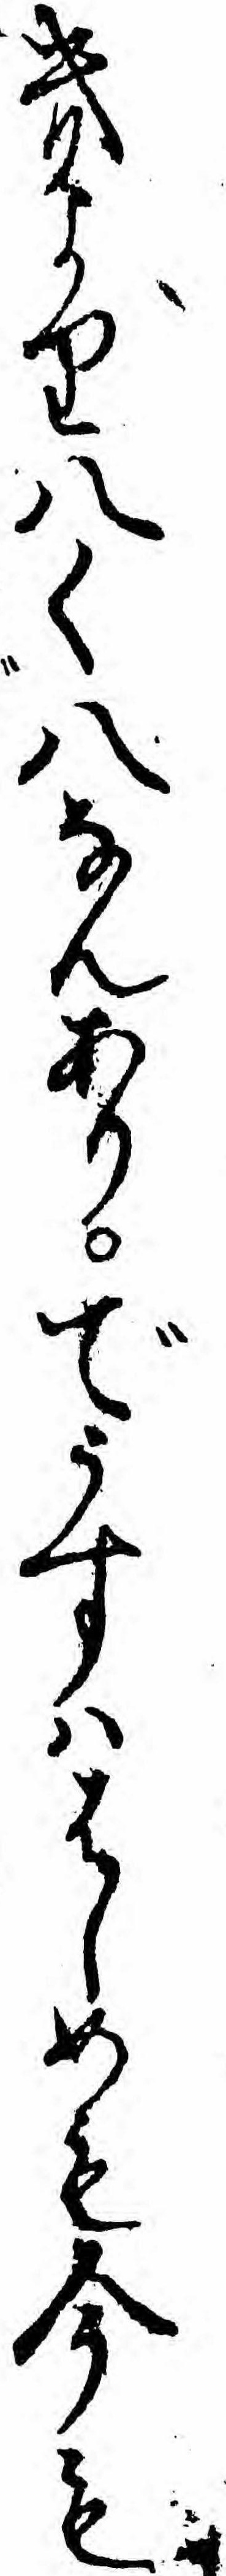
きより八く八なんありでうすハはしめも今も